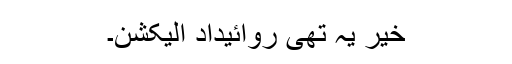
خیر یہ تھی روائیدادِ الیکشن۔